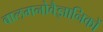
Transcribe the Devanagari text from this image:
बालमनोवैज्ञानिकों